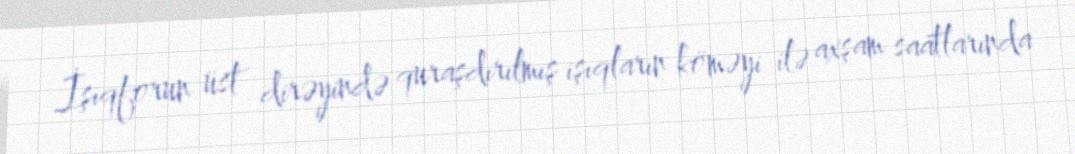
İşıqforun üst dirəyində quraşdırılmış işıqların köməyi ilə axşam saatlarında